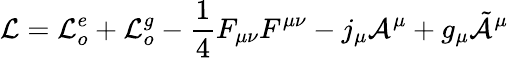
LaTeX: {\cal L}={\cal L}_{o}^{e}+{\cal L}_{o}^{g}-\frac{1}{4}F_{\mu\nu}F^{\mu\nu}-j_{\mu}{\cal A}^{\mu}+g_{\mu}\tilde{{\cal A}}^{\mu}